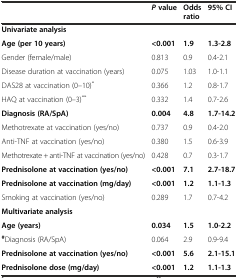
<table><thead><tr><td></td><td><b><i>P</i>value</b></td><td><b>Odds ratio</b></td><td><b>95% CI</b></td></tr></thead><tbody><tr><td colspan="4"><b>Univariate analysis</b></td></tr><tr><td><b>Age (per 10 years)</b></td><td><b>&lt;0.001</b></td><td><b>1.9</b></td><td><b>1.3-2.8</b></td></tr><tr><td>Gender (female/male)</td><td>0.813</td><td>0.9</td><td>0.4-2.1</td></tr><tr><td>Disease duration at vaccination (years)</td><td>0.075</td><td>1.03</td><td>1.0-1.1</td></tr><tr><td>DAS28 at vaccination (0–10)<sup>*</sup></td><td>0.366</td><td>1.2</td><td>0.8-1.7</td></tr><tr><td>HAQ at vaccination (0–3)<sup>**</sup></td><td>0.332</td><td>1.4</td><td>0.7-2.6</td></tr><tr><td><b>Diagnosis (RA/SpA)</b></td><td><b>0.004</b></td><td><b>4.8</b></td><td><b>1.7-14.2</b></td></tr><tr><td>Methotrexate at vaccination (yes/no)</td><td>0.737</td><td>0.9</td><td>0.4-2.0</td></tr><tr><td>Anti-TNF at vaccination (yes/no)</td><td>0.380</td><td>1.5</td><td>0.6-3.9</td></tr><tr><td>Methotrexate + anti-TNF at vaccination (yes/no)</td><td>0.428</td><td>0.7</td><td>0.3-1.7</td></tr><tr><td><b>Prednisolone at vaccination (yes/no)</b></td><td><b>&lt;0.001</b></td><td><b>7.1</b></td><td><b>2.7-18.7</b></td></tr><tr><td><b>Prednisolone at vaccination (mg/day)</b></td><td><b>&lt;0.001</b></td><td><b>1.2</b></td><td><b>1.1-1.3</b></td></tr><tr><td>Smoking at vaccination (yes/no)</td><td>0.289</td><td>1.7</td><td>0.7-4.2</td></tr><tr><td colspan="4"><b>Multivariate analysis</b></td></tr><tr><td><b>Age (years)</b></td><td><b>0.034</b></td><td><b>1.5</b></td><td><b>1.0-2.2</b></td></tr><tr><td><sup><b>#</b></sup>Diagnosis (RA/SpA)</td><td>0.064</td><td>2.9</td><td>0.9-9.4</td></tr><tr><td><b>Prednisolone at vaccination (yes/no)</b></td><td><b>&lt;0.001</b></td><td><b>5.6</b></td><td><b>2.1-15.1</b></td></tr><tr><td><b>Prednisolone dose (mg/day)</b></td><td><b>&lt;0.001</b></td><td><b>1.2</b></td><td><b>1.1-1.3</b></td></tr></tbody></table>